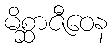
မိစ္ဆာဇီဝေန